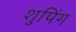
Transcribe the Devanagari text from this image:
शुपिंग